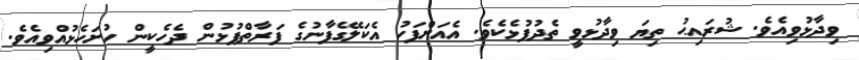
ވިދާޅުވިއެވެ. ޝުރައިޙު ތިޔަ ވިދާޅުވީ ތެދުފުޅެކެވެ. އެއަށްފަހު އެކަލޭގެފާނުގެ ފަރާތްޕުޅުން ދެހެކީން ހުށަހެޅުއްވިއެވެ.